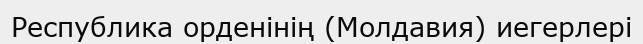
Республика орденінің (Молдавия) иегерлері